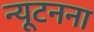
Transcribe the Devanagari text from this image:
न्यूटनना